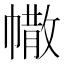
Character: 𢄻